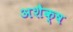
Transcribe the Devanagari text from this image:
अशैक्ष